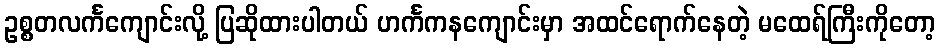
ဥစ္စတလင်္ကကျောင်းလို့ ပြဆိုထားပါတယ် ဟင်္ကကနကျောင်းမှာ အထင်ရောက်နေတဲ့ မထေရ်ကြီးကိုတော့